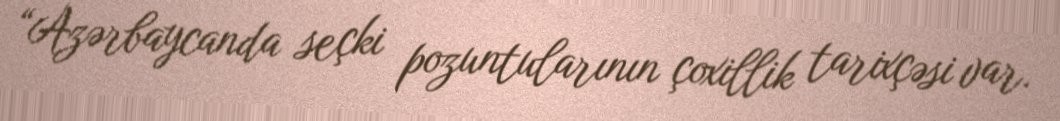
“Azərbaycanda seçki pozuntularının çoxillik tarixçəsi var.